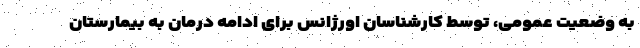
به وضعیت عمومی، توسط کارشناسان اورژانس برای ادامه درمان به بیمارستان